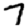
Digit: 7